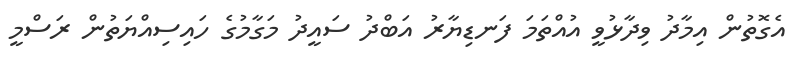
އެގޮތުން އިމާދު ވިދާޅުވީ އުއްތަމަ ފަނޑިޔާރު އަބްދު ސައީދު މަގާމުގެ ހައިސިއްޔަތުން ރަސްމީ